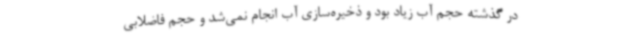
در گذشته حجم آب زیاد بود و ذخیره‌سازی آب انجام نمی‌شد و حجم فاضلابی